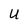
Character: U